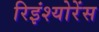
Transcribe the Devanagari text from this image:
रिइंश्योरेंस